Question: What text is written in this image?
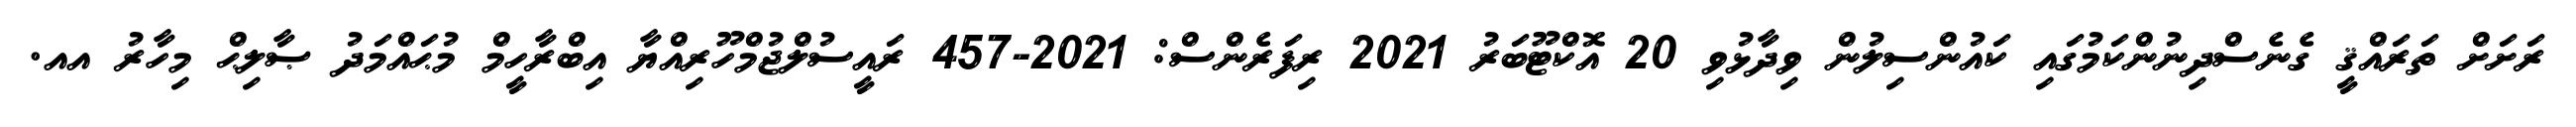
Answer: ރަށަށް ތަރައްޤީ ގެނެސްދިނުންކަމުގައި ކައުންސިލުން ވިދާޅުވި 20 އޮކްޓޫބަރު 2021 ރިފަރެންސް: 2021-457 ރައީސުލްޖުމްހޫރިއްޔާ އިބްރާހީމް މުޙައްމަދު ޞާލިޙް މިހާރު އއ.